Report of an investigation into the causes of the diseases known in Assam as Kála-Azár and Beri-Beri
Disease focus: Beri-Beri
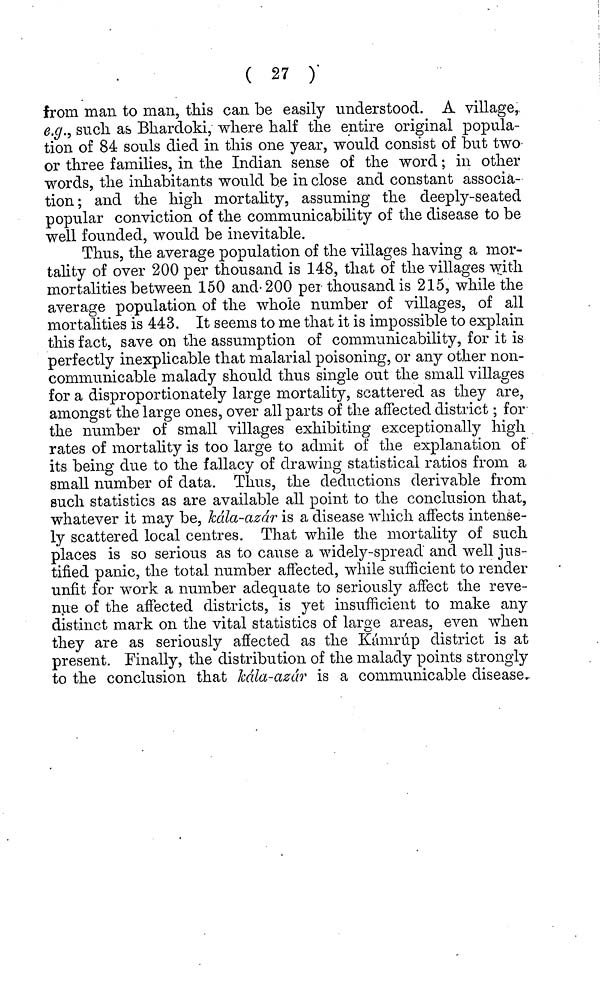
( 27 )
from man to man, this can be easily understood. A village,
e.g., such as Bhardoki, where half the entire original popula-
tion of 84 souls died in this one year, would consist of but two
or three families, in the Indian sense of the word ; in other
words, the inhabitants would be in close and constant associa-
tion ; and the high mortality, assuming the deeply-seated
popular conviction of the communicability of the disease to be
well founded, would be inevitable.
Thus, the average population of the villages having a mor-
tality of over 200 per thousand is 148, that of the villages with
mortalities between 150 and 200 per thousand is 215, while the
average population of the whole number of villages, of all
mortalities is 443. It seems to me that it is impossible to explain
this fact, save on the assumption of communicability, for it is
perfectly inexplicable that malarial poisoning, or any other non-
communicable malady should thus single out the small villages
for a disproportionately large mortality, scattered as they are,
amongst the large ones, over all parts of the affected district ; for
the number of small villages exhibiting exceptionally high
rates of mortality is too large to admit of the explanation of
its being due to the fallacy of drawing statistical ratios from a
small number of data. Thus, the deductions derivable from
such statistics as are available all point to the conclusion that,
whatever it may be, kála-azár is a disease which affects intense-
ly scattered local centres. That while the mortality of such
places is so serious as to cause a widely-spread and well jus-
tified panic, the total number affected, while sufficient to render
unfit for work a number adequate to seriously affect the reve-
nue of the affected districts, is yet insufficient to make any
distinct mark on the vital statistics of large areas, even when
they are as seriously affected as the Kámrúp district is at
present. Finally, the distribution of the malady points strongly
to the conclusion that kála-azár is a communicable disease.